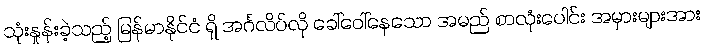
သုံးနှုန်းခဲ့သည့် မြန်မာနိုင်ငံ ရှိ အင်္ဂလိပ်လို ခေါ်ဝေါ်နေသော အမည် စာလုံးပေါင်း အမှားများအား